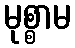
မုစ္စာမ